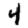
Digit: 4